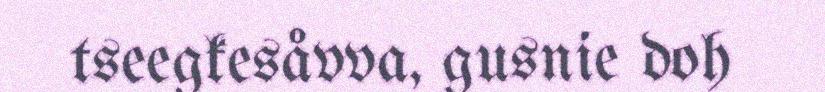
tseegkesåvva, gusnie doh